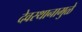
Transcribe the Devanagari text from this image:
देवस्थानामुळे